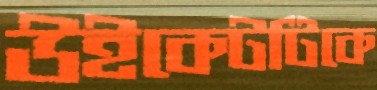
উইকেটটিকে